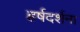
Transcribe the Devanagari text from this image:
हर्षदर्शना